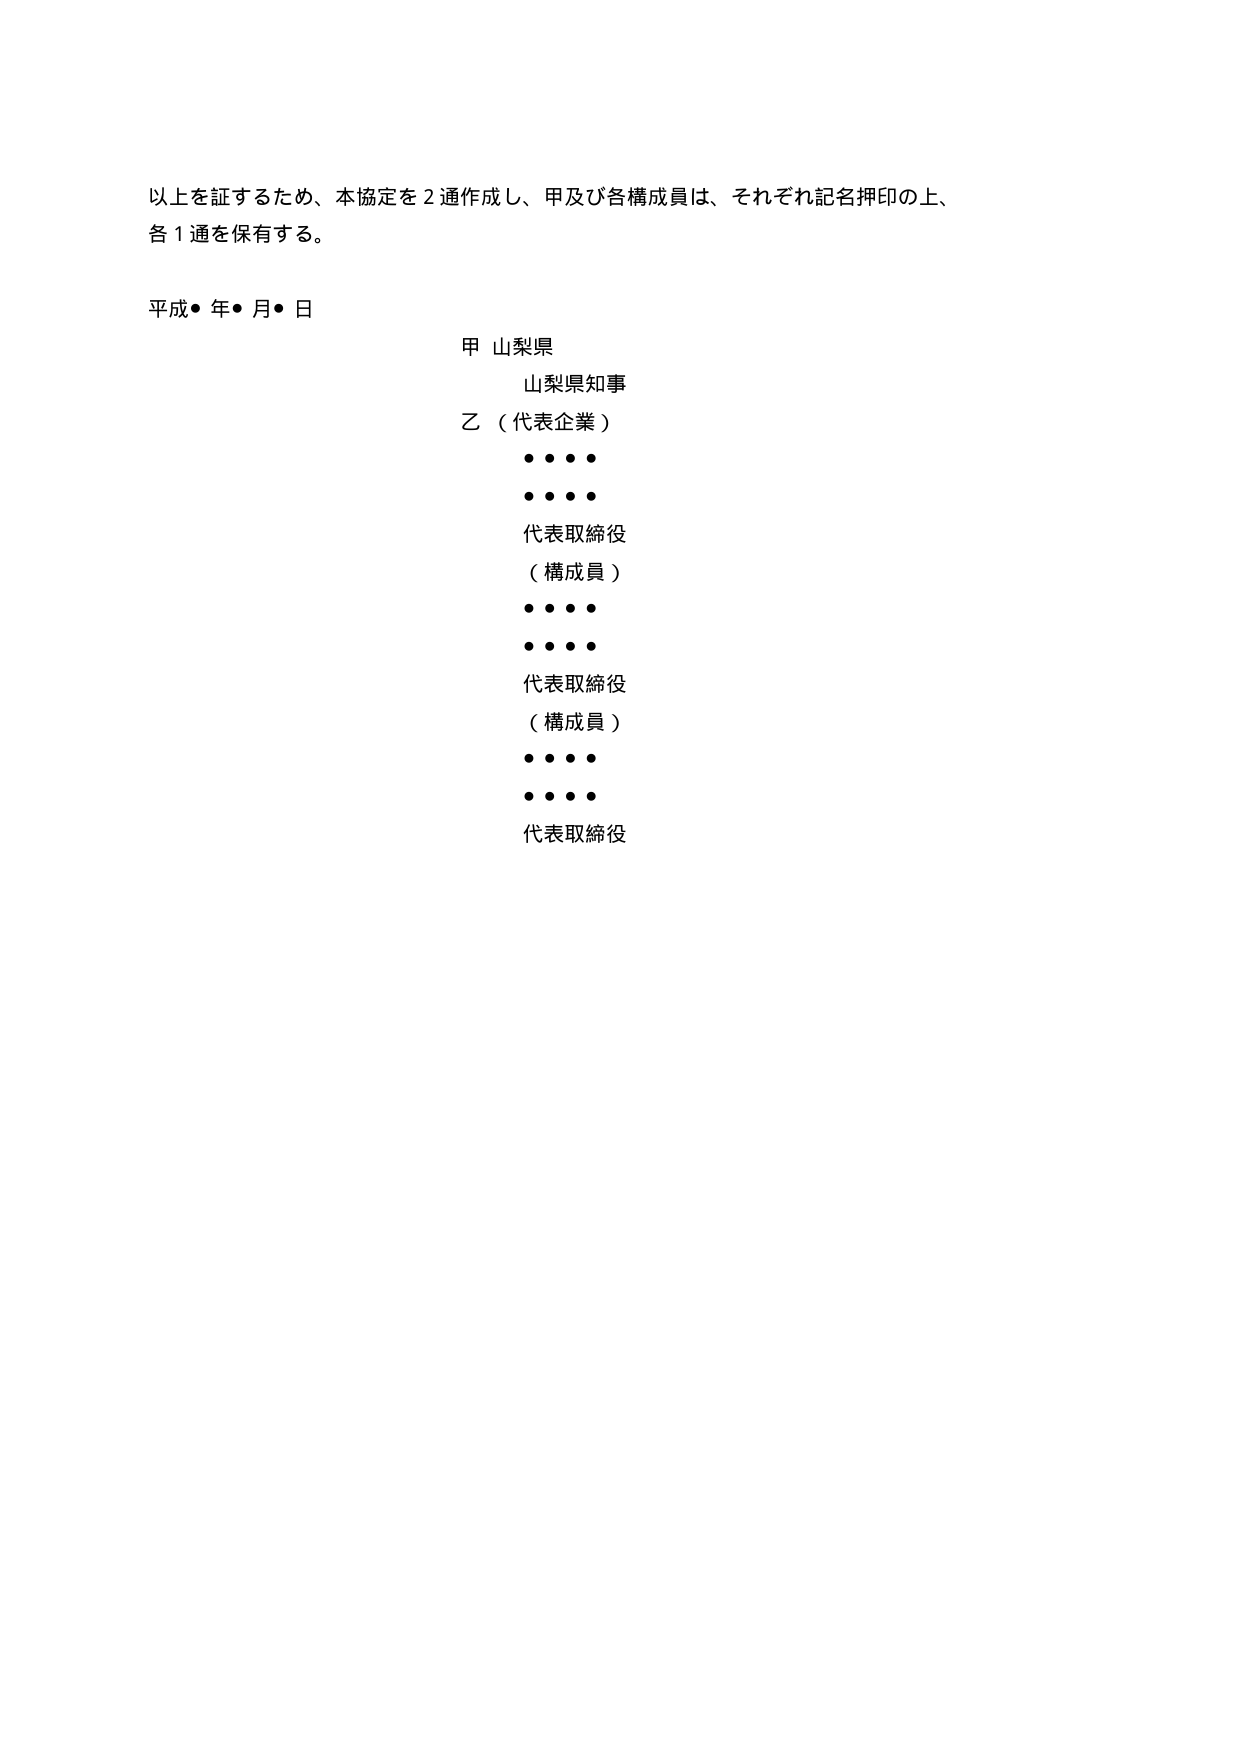
以上を証するため、本協定を２通作成し、甲及び各構成員は、それぞれ記名押印の上、
各１通を保有する。

平成●年●月●日

甲 山梨県
　　山梨県知事
乙（代表企業）
　　・・・・
　　・・・・
　　代表取締役
　　（構成員）
　　・・・・
　　・・・・
　　代表取締役
　　（構成員）
　　・・・・
　　・・・・
　　代表取締役